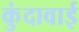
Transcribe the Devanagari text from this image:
कुंदावाई